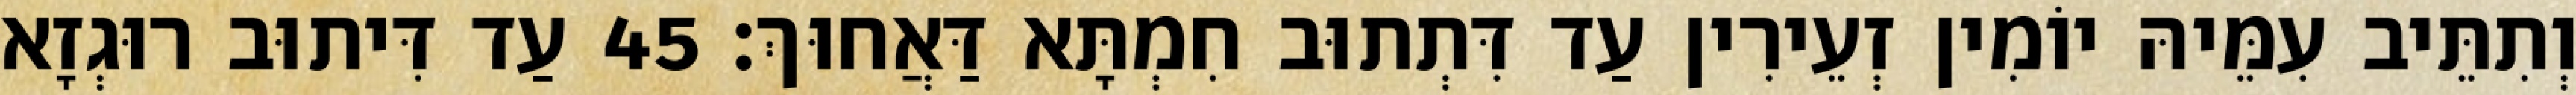
וְתִתֵּיב עִמֵּיהּ יוֹמִין זְעֵירִין עַד דִּתְתוּב חִמְתָּא דַּאֲחוּךְ׃ 45 עַד דִּיתוּב רוּגְזָא